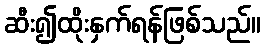
ဆီး၍ထိုးနှက်ရန်ဖြစ်သည်။